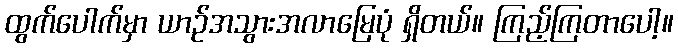
ထွက်ပေါက်မှာ ယာဉ်အသွားအလာမြေပုံ ရှိတယ်။ ကြည့်ကြတာပေါ့။